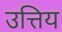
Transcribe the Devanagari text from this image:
उत्तिय